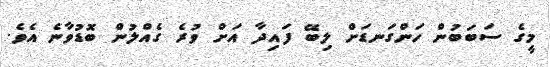
މީގެ ސަބަބުން ހަންގަނޑަށް ލިބޭ ފައިދާ އަށް ވުރެ ގެއްލުން ބޮޑުވާނެ އެވެ.